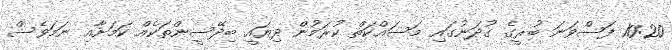
10:20 ފަސްވަނަ ބުރީގެ ގުދަނުގައި މަސައްކަތް ކުރަމުން ދިޔައީ ބިދޭސީންތަކެއް ކަމަށާއި ނަމަވެސް